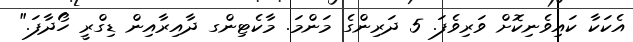
އެކަކާ ކައިވެނިކޮށް ވަރިވެފަ. 5 ދަރިންގެ މަންމަ. މާކެޓިންގ ދާއިރާއިން ޑިގްރީ ހޯދާފަ."